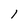
Character: 1